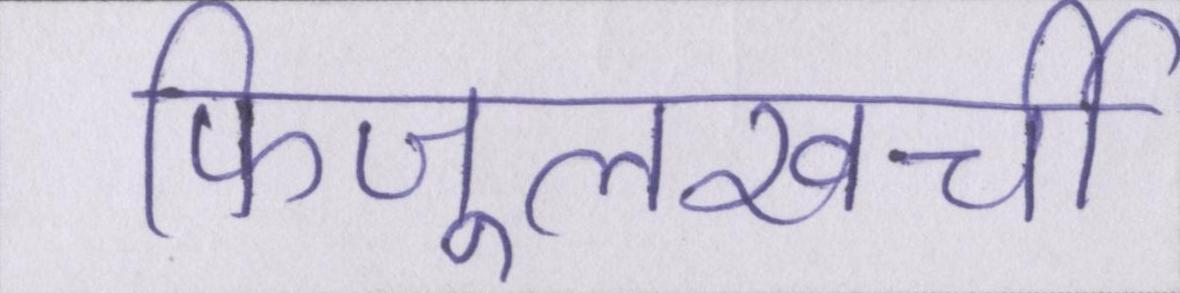
फिजूलखर्ची